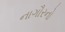
નાગૌરનો